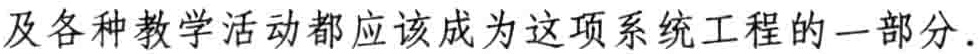
及各种教学活动都应该成为这项系统工程的一部分.